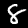
Label: 8